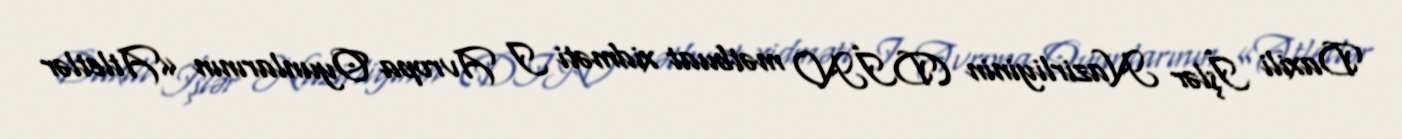
Daxili İşlər Nazirliyinin (DİN) mətbuat xidməti I Avropa Oyunlarının «Atletlər